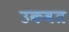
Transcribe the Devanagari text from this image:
उकवत